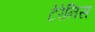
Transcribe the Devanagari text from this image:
टेरेनिस